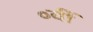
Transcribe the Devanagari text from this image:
०वीं